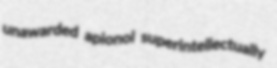
unawarded apionol superintellectually